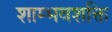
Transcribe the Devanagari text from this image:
शाम्भवशक्ति